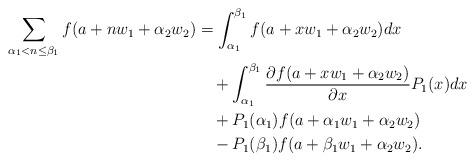
LaTeX: \begin{align*}\begin{aligned}\sum_{\alpha_1<n\leq \beta_1}f(a+nw_1+\alpha_2w_2)&=\int_{\alpha_1}^{\beta_1}f(a+xw_1+\alpha_2w_2) dx \\&\quad+\int_{\alpha_1}^{\beta_1}\frac{\partial f(a+xw_1+\alpha_2w_2)}{\partial x}P_1(x) dx \\&\quad+P_1(\alpha_1)f(a+\alpha_1w_1+\alpha_2w_2) \\&\quad-P_1(\beta_1)f(a+\beta_1w_1+\alpha_2w_2).\end{aligned}\end{align*}